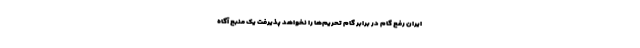
ایران رفع گام‌ در برابر گام تحریم‌ها را نخواهد پذیرفت یک منبع آگاه